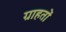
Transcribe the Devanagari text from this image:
ग्राहतों